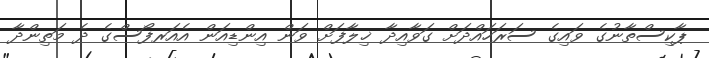
ޕާކިސްތާނުގެ ވައިގެ ސަރަހައްދަށް ގަވާއިދާ ޚިލާފަށް ވަން އިންޑިއަން އެއަރފޯސްގެ ދެ މަތިންދާ